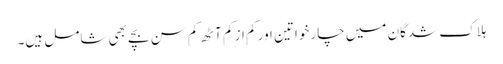
ہلاک شدگان میں چار خواتین اور کم از کم آٹھ کم سن بچے بھی شامل ہیں۔